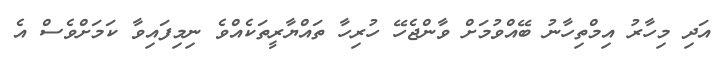
އަދި މިހާރު އިމްތިހާނު ބޭއްވުމަށް ވާންޖެހޭ ހުރިހާ ތައްޔާރީތަކެއްވެ ނިމިފައިވާ ކަމަށްވެސް އެ